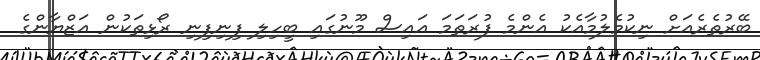
ބޭރުތެރެއަށް ނިކުމެލުމާއެކު އެންމެ ފުރަތަމަ އައިސް މޫނުގައި ބީހިލި ފިނިފިނި ރޯޅިތަކުން އަޒްޔާންގެ